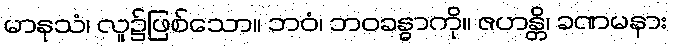
မာနုသံ၊ လူ၌ဖြစ်သော။ ဘဝံ၊ ဘဝခန္ဓာကို။ ဇဟန္တိ၊ ခဏမနား